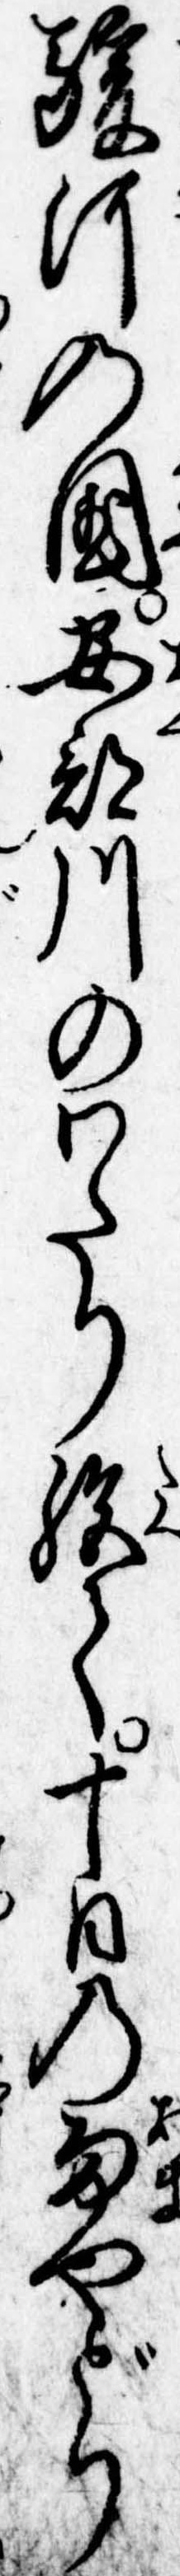
駿河の国安部川のわたり絶て十日の雨やどり